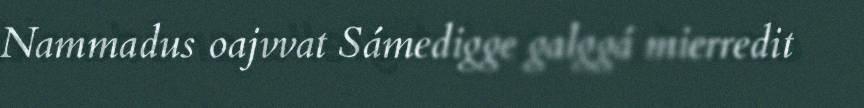
Nammadus oajvvat Sámedigge galggá mierredit